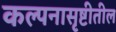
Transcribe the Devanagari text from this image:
कल्पनासृष्टीतील